Leaving Certificate Examination (including Day School Certificate (Higher) General paper), 1933
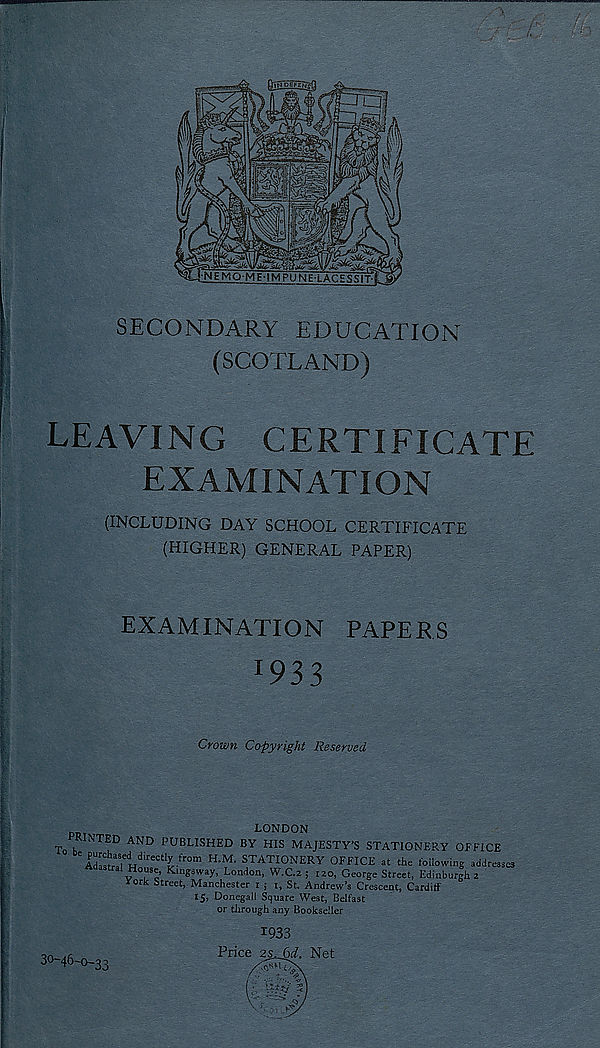
SECONDARY EDUCATION
(SCOTLAND)
LEAVING CERTIFICATE
EXAMINATION
(INCLUDING DAY SCHOOL CERTIFICATE
(HIGHER) GENERAL PAPER)
EXAMINATION PAPERS
^3 3
Crown Copyright Reserved
LONDON
HUNTED AND PUBLISHED BY HIS MAJESTY’S STATIONERY OFFICE
e Ad r a C str a
a i e H dlreCtl^fr0m H - M ‘ STATI0NE RY OFFICE at the following addresses
v Tc’ Kln^swa y’ London, W.C.2 ; 120, George Street, Edinburgh 2
*ork Street, Manchester 1 ; 1, St. Andrew’s Crescent, Cardiff
15, Donegall Square West, Belfast
or through any Bookseller
30-46-0-32